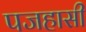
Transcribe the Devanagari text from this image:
पजहासी